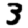
Digit: 3